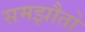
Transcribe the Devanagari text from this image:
समझौतो